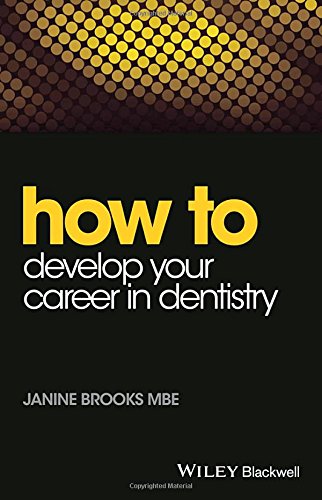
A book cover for How to Develop Your Career in Dentistry (How To (Dentistry)); Janine Brooks; Medical Books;